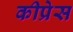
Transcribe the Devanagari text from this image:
कीप्रेस